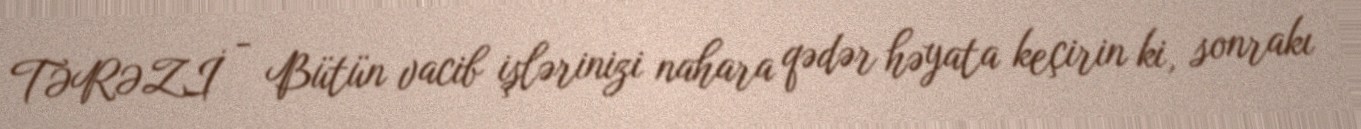
TƏRƏZİ - Bütün vacib işlərinizi nahara qədər həyata keçirin ki, sonrakı